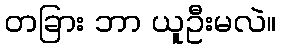
တခြား ဘာ ယူဦးမလဲ။